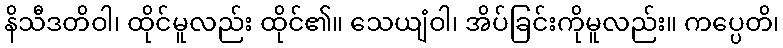
နိသီဒတိဝါ၊ ထိုင်မူလည်း ထိုင်၏။ သေယျံဝါ၊ အိပ်ခြင်းကိုမူလည်း။ ကပ္ပေတိ၊